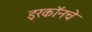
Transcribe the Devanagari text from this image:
इरकॉनचे